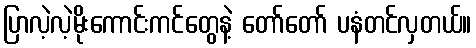
ပြာလဲ့လဲ့မိုးကောင်းကင်တွေနဲ့ တော်တော် ပနံတင်လှတယ်။